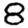
Digit: 8